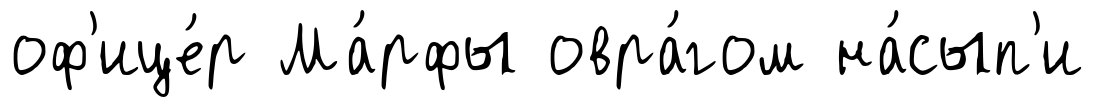
оф'ице́р Ма́рфы овра́гом на́сып'и